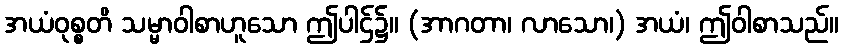
အယံဝုစ္စတိ သမ္မာဝါစာဟူသော ဤပါဌ်၌။ (အာဂတာ၊ လာသော၊) အယံ၊ ဤဝါစာသည်။